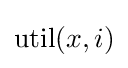
\operatorname {util} (x,i)